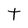
Character: t